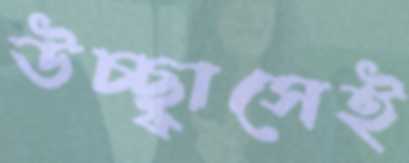
উচ্ছ্বাসেই